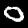
Digit: 0